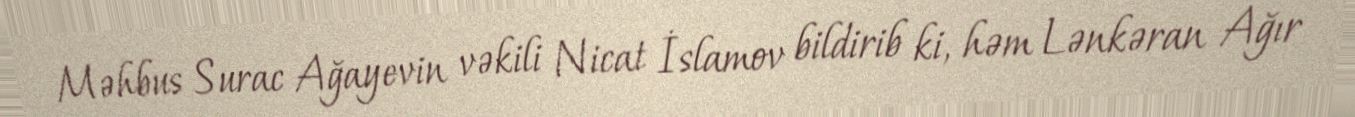
Məhbus Surac Ağayevin vəkili Nicat İslamov bildirib ki, həm Lənkəran Ağır